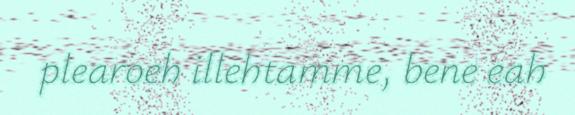
plearoeh illehtamme, bene eah